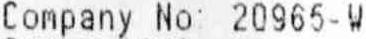
COMPANY NO: 20965-W